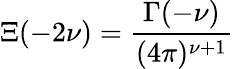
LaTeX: \Xi(-2\nu)=\frac{\Gamma(-\nu)}{(4\pi)^{\nu+1}}\;